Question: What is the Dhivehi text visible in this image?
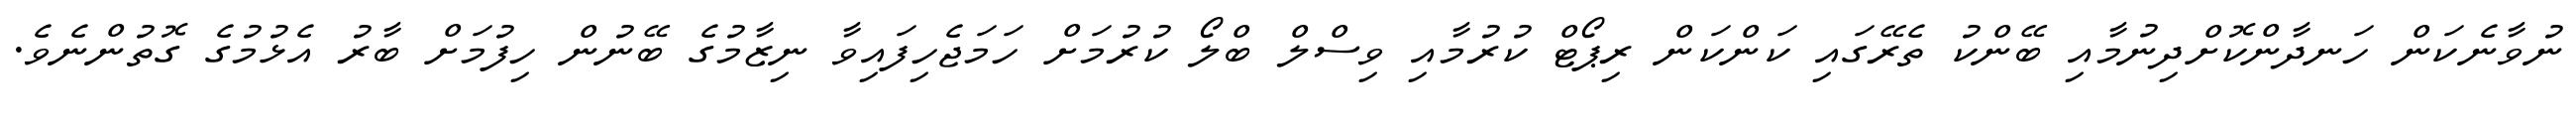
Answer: ނުވާނެކަން ހަނދާންކޮށްދިނުމާއި ބޭންކު ތެރޭގައި ކަންކަން ރިޕޯޓް ކުރުމާއި ވިސްލް ބްލޯ ކުރުމަށް ހަމަޖެހިފައިވާ ނިޒާމުގެ ބޭނުން ހިފުމަށް ބާރު އެޅުމުގެ ގޮތުންނެވެ.